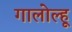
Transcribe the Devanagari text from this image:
गालोल्हू